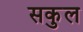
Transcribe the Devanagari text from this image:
सकुल